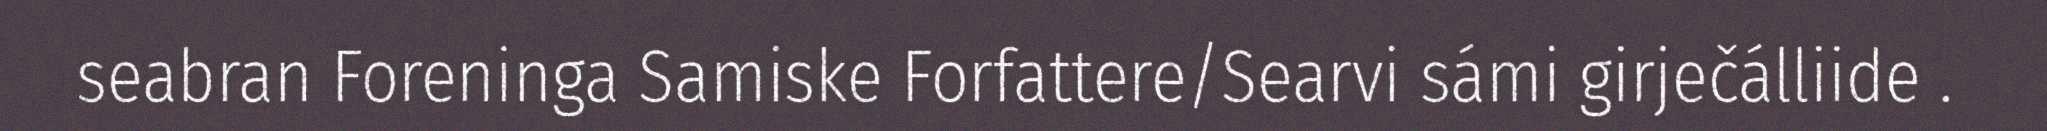
seabran Foreninga Samiske Forfattere/Searvi sámi girječálliide .